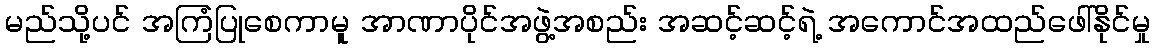
မည်သို့ပင် အကြံပြုစေကာမူ အာဏာပိုင်အဖွဲ့အစည်း အဆင့်ဆင့်ရဲ့ အကောင်အထည်ဖေါ်နိုင်မှု